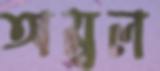
অম্বল